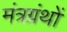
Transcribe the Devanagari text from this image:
मंत्रग्रंथों